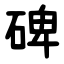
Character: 碑